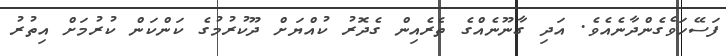
ފަސޭހަވެގެންދާނެެއެވެ. އަދި ގާނޫނެއްގެ ތެރެއިން ގެދޮރު ކުއްޔަށް ދޫކުރުމުގެ ކަންކަން ކުރުމަށް އިތުރު